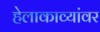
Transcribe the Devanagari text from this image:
हेलाकाव्यांवर